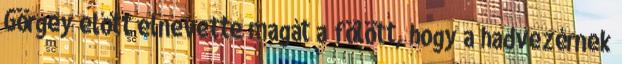
Görgey előtt elnevette magát a fölött, hogy a hadvezérnek